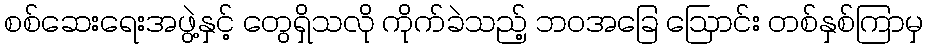
စစ်ဆေးရေးအဖွဲ့နှင့် တွေရှိသလို ကိုက်ခဲသည့် ဘဝအခြေ ဩောင်း တစ်နှစ်ကြာမှ